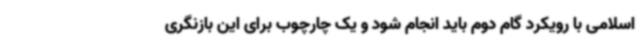
اسلامی با رویکرد گام دوم باید انجام شود و یک چارچوب برای این بازنگری